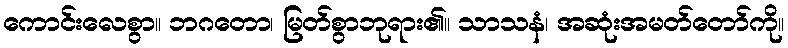
ကောင်းလေစွာ။ ဘဂတော၊ မြတ်စွာဘုရား၏။ သာသနံ၊ အဆုံးအမတ်တော်ကို။